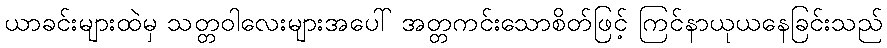
ယာခင်းများထဲမှ သတ္တဝါလေးများအပေါ် အတ္တကင်းသောစိတ်ဖြင့် ကြင်နာယုယနေခြင်းသည်